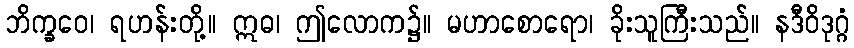
ဘိက္ခဝေ၊ ရဟန်းတို့။ ဣဓ၊ ဤလောက၌။ မဟာစောရော၊ ခိုးသူကြီးသည်။ နဒီဝိဒုဂ္ဂံ